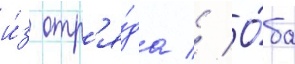
и́з отр'я́да // О́ба